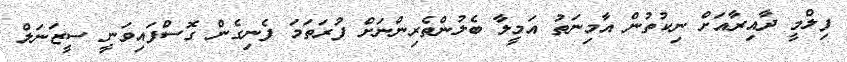
ފިލްމީ ދާއިރާއަށް ނިކުތުން އާމިނަތު އަމީލާ ބެލުންތެރިންނަށް ފުރަތަމަ ފެނިގެން ގޮސްފައިވަނީ ސީޒަނަލް